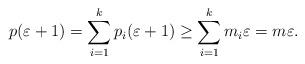
LaTeX: \begin{align*}p(\varepsilon+1) = \sum_{i=1}^k p_i(\varepsilon+1) \geq \sum_{i=1}^k m_i\varepsilon = m\varepsilon.\end{align*}